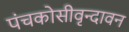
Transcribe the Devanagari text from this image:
पंचकोसीवृन्दावन